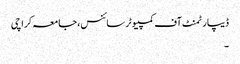
ڈیپارٹمنٹ آف کمپیوٹر سائنس، جامعہ کراچی
۔